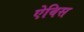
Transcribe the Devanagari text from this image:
ऐबिस